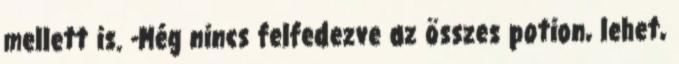
mellett is. -Még nincs felfedezve az összes potion, lehet,